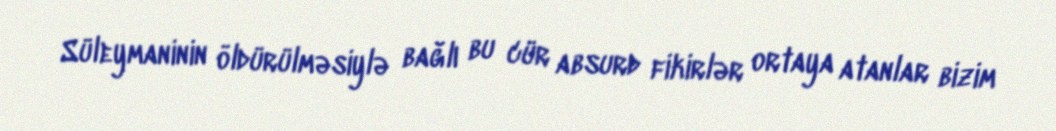
Süleymaninin öldürülməsiylə bağlı bu cür absurd fikirlər ortaya atanlar bizim